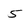
Character: 5